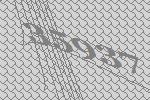
35937